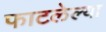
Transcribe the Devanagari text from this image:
फाटलेल्या